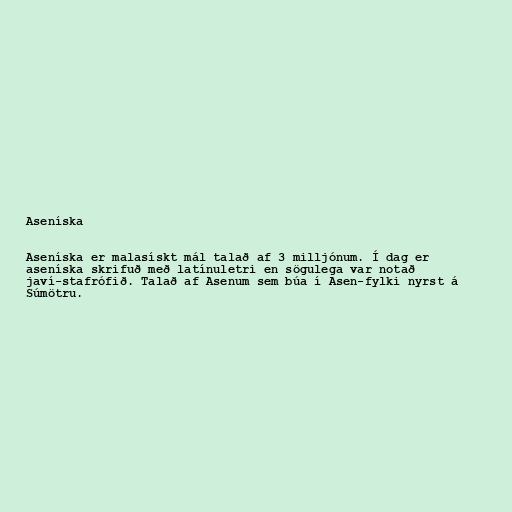
Aseníska

Aseníska er malasískt mál talað af 3 milljónum. Í dag er
aseníska skrifuð með latínuletri en sögulega var notað
javí-stafrófið. Talað af Asenum sem búa í Asen-fylki nyrst á
Súmötru.